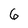
Character: 6